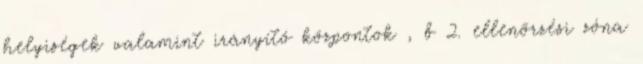
helyiségek valamint irányító központok , b 2. ellenõrzési zóna